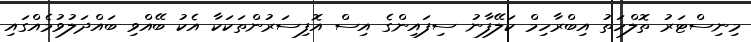
މިނިސްޓަރު ތޮލްހަތު އިބްރާހިމް ކަލޭފާނު ސިފައިންގެ އިސް އޮފިސަރުންތަކަކާ އެކު ބޭއްވި ބައްދަލުވުމެއްގައި